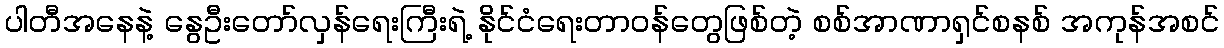
ပါတီအနေနဲ့ နွေဦးတော်လှန်ရေးကြီးရဲ့ နိုင်ငံရေးတာဝန်တွေဖြစ်တဲ့ စစ်အာဏာရှင်စနစ် အကုန်အစင်